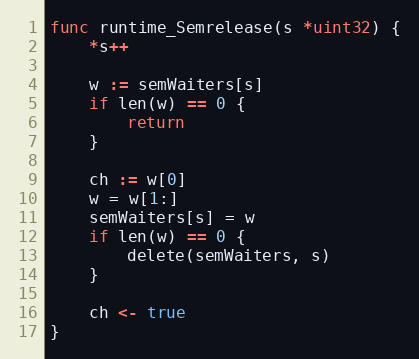
Language: Go
func runtime_Semrelease(s *uint32) {
	*s++

	w := semWaiters[s]
	if len(w) == 0 {
		return
	}

	ch := w[0]
	w = w[1:]
	semWaiters[s] = w
	if len(w) == 0 {
		delete(semWaiters, s)
	}

	ch <- true
}